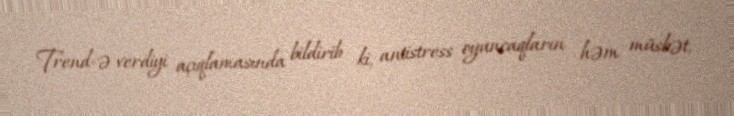
Trend-ə verdiyi açıqlamasında bildirib ki, antistress oyuncaqların həm müsbət,